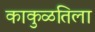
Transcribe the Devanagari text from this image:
काकुळतिला